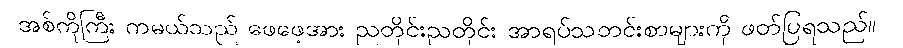
အစ်ကိုကြီး ကမယ်သည် ဖေဖေ့အား ညတိုင်းညတိုင်း အာရပ်သတင်းစာများကို ဖတ်ပြရသည်။